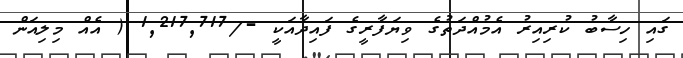
ގައި ހިސާބު ކުރިއިރު އެމުއްދަތުގެ ވިޔަފާރީގެ ފައިދާއަކީ -/1